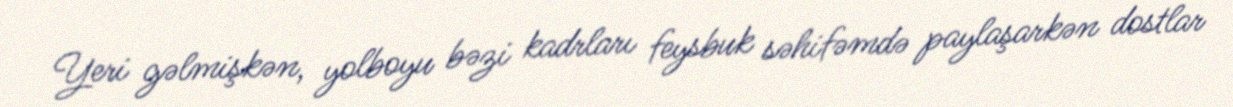
Yeri gəlmişkən, yolboyu bəzi kadrları feysbuk səhifəmdə paylaşarkən dostlar